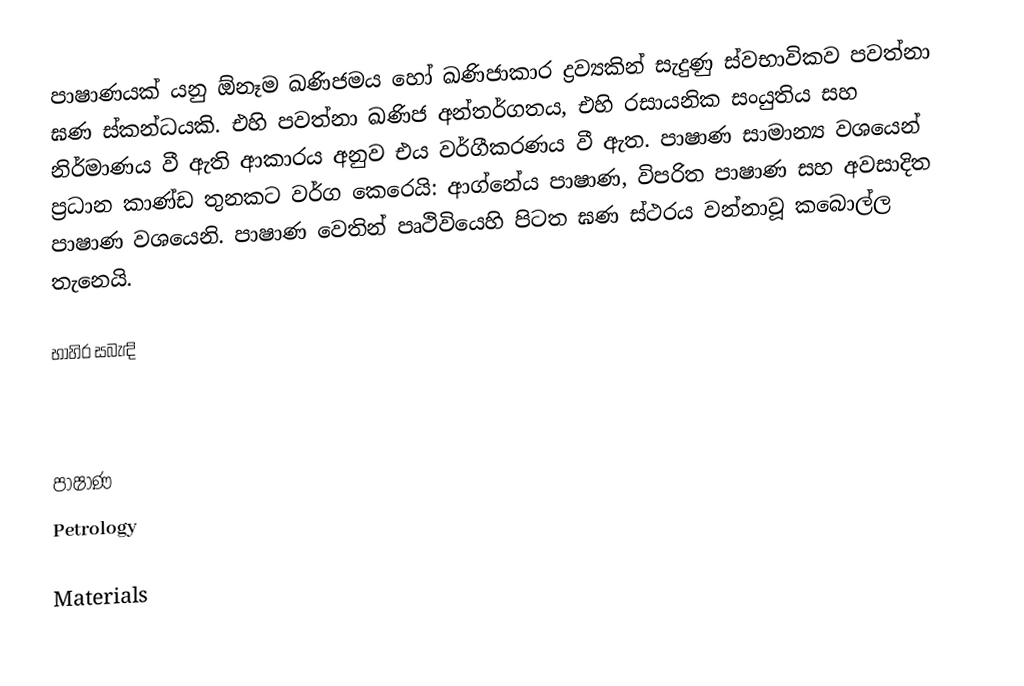
පාෂාණයක් යනු ඕනෑම ඛණිජමය හෝ  ඛණිජාකාර ද්‍රව්‍යකින් සැදුණු ස්වභාවිකව පවත්නා ඝණ ස්කන්ධයකි. එහි පවත්නා ඛණිජ අන්තර්ගතය, එහි රසායනික සංයුතිය සහ නිර්මාණය වී ඇති ආකාරය අනුව එය වර්ගීකරණය වී ඇත. පාෂාණ සාමාන්‍ය වශයෙන් ප්‍රධාන කාණ්ඩ තුනකට වර්ග කෙරෙයි: ආග්නේය පාෂාණ, විපරිත පාෂාණ සහ අවසාදිත පාෂාණ වශයෙනි. පාෂාණ වෙතින් පෘථිවියෙහි පිටත ඝණ ස්ථරය වන්නාවූ  කබොල්ල තැනෙයි.

භාහිර සබැඳි

පාෂාණ
Petrology

Materials